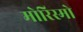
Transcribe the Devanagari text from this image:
मोरिस्मो